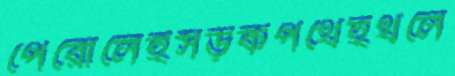
পেরোলেইসড়কপথেইথলে